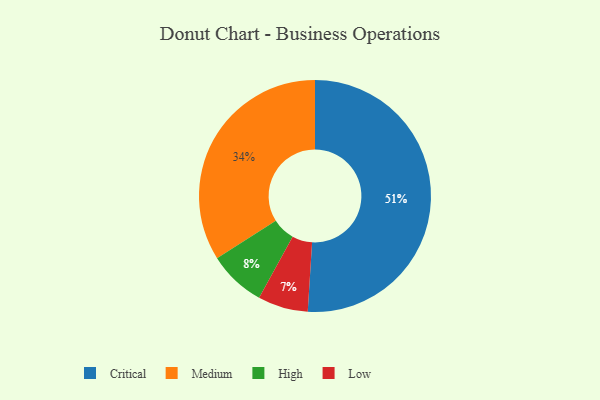
{"axis": {"x": "Category", "y": "Percentage"}, "legend": ["Critical", "High", "Low", "Medium"], "data": [{"x": "Critical", "y": 51, "type": "Critical"}, {"x": "High", "y": 8, "type": "High"}, {"x": "Low", "y": 7, "type": "Low"}, {"x": "Medium", "y": 34, "type": "Medium"}]}